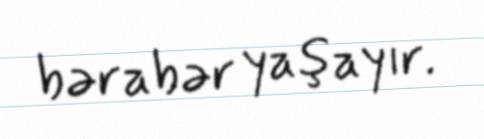
bərabər yaşayır.